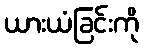
ယားယံခြင်းကို